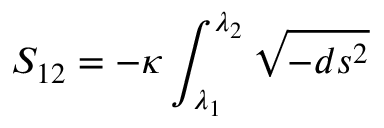
S _ { 1 2 } = - \kappa \int _ { \lambda _ { 1 } } ^ { \lambda _ { 2 } } \sqrt { - d s ^ { 2 } }